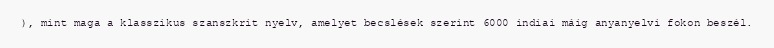
), mint maga a klasszikus szanszkrit nyelv, amelyet becslések szerint 6000 indiai máig anyanyelvi fokon beszél.